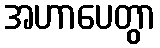
အဟာပေတွာ